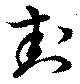
封